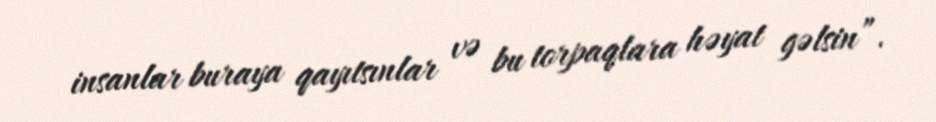
insanlar buraya qayıtsınlar və bu torpaqlara həyat gəlsin”.